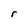
Character: r